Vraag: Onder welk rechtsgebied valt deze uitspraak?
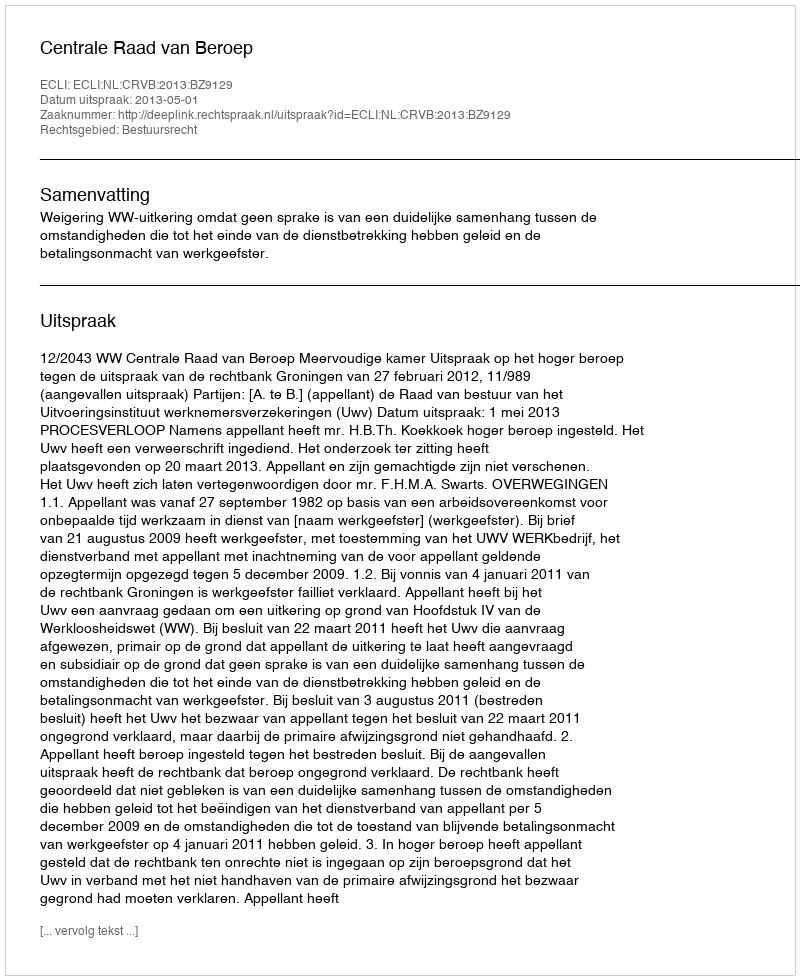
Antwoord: Bestuursrecht